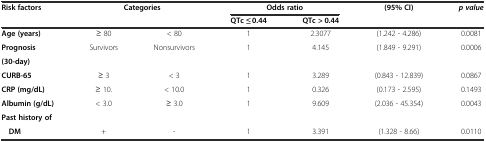
<table><thead><tr><td><b>Risk factors</b></td><td colspan="2"><b>Categories</b></td><td colspan="2"><b>Odds ratio</b></td><td><b>(95% CI)</b></td><td><b><i>p value</i></b></td></tr><tr><td></td><td></td><td></td><td><b>QTc ≤ 0.44</b></td><td><b>QTc &gt; 0.44</b></td><td></td><td></td></tr></thead><tbody><tr><td><b>Age (years)</b></td><td>≥ 80</td><td>&lt; 80</td><td>1</td><td>2.3077</td><td>(1.242 - 4.286)</td><td>0.0081</td></tr><tr><td><b>Prognosis</b></td><td>Survivors</td><td>Nonsurvivors</td><td>1</td><td>4.145</td><td>(1.849 - 9.291)</td><td>0.0006</td></tr><tr><td><b>(30-day)</b></td><td></td><td></td><td></td><td></td><td></td><td></td></tr><tr><td><b>CURB-65</b></td><td>≥ 3</td><td>&lt; 3</td><td>1</td><td>3.289</td><td>(0.843 - 12.839)</td><td>0.0867</td></tr><tr><td><b>CRP (mg/dL)</b></td><td>≥ 10.</td><td>&lt; 10.0</td><td>1</td><td>0.326</td><td>(0.173 - 2.595)</td><td>0.1493</td></tr><tr><td><b>Albumin (g/dL)</b></td><td>&lt; 3.0</td><td>≥ 3.0</td><td>1</td><td>9.609</td><td>(2.036 - 45.354)</td><td>0.0043</td></tr><tr><td><b>Past history of</b></td><td></td><td></td><td></td><td></td><td></td><td></td></tr><tr><td> <b>DM</b></td><td>+</td><td>-</td><td>1</td><td>3.391</td><td>(1.328 - 8.66)</td><td>0.0110</td></tr></tbody></table>